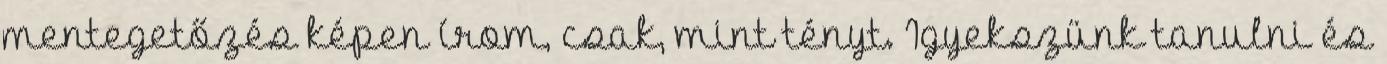
mentegetőzés képen í­rom, csak, mint tényt. Igyekszünk tanulni és